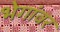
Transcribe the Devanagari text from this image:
भेगांवर